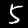
Digit: 5